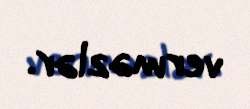
verməzlər.